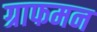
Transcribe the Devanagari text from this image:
ग्राफमन